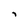
Character: i